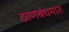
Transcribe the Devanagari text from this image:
ठाणबंधमात